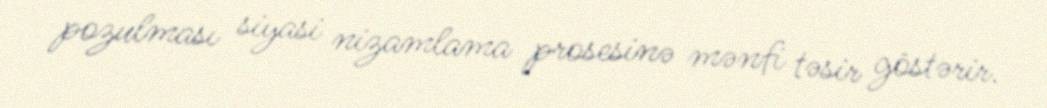
pozulması siyasi nizamlama prosesinə mənfi təsir göstərir.